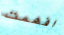
افهمت